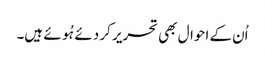
اُن کے احوال بھی تحریر کر دئے ہُوئے ہیں۔